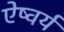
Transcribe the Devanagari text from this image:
ऐष्वर्य